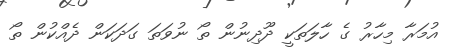
އުމަރާ މިހާރު ގެ ހާލަތަކީ ދޫދިނުން ތޯ ނުވަތަ ގަދަކަން ދެއްކުން ތޯ